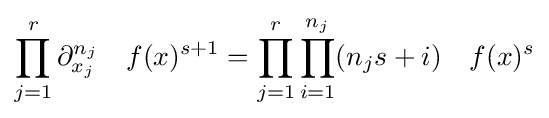
\prod _{j=1}^{r}\partial _{x_{j}}^{n_{j}}\quad f(x)^{s+1}=\prod _{j=1}^{r}\prod _{i=1}^{n_{j}}(n_{j}s+i)\quad f(x)^{s}